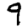
Digit: 9